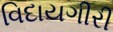
વિદાયગીરી